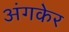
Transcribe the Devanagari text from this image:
अंगकेर